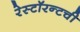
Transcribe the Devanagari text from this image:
रेस्टॉरन्टची